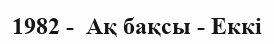
1982 -  Ақ бақсы - Еккі